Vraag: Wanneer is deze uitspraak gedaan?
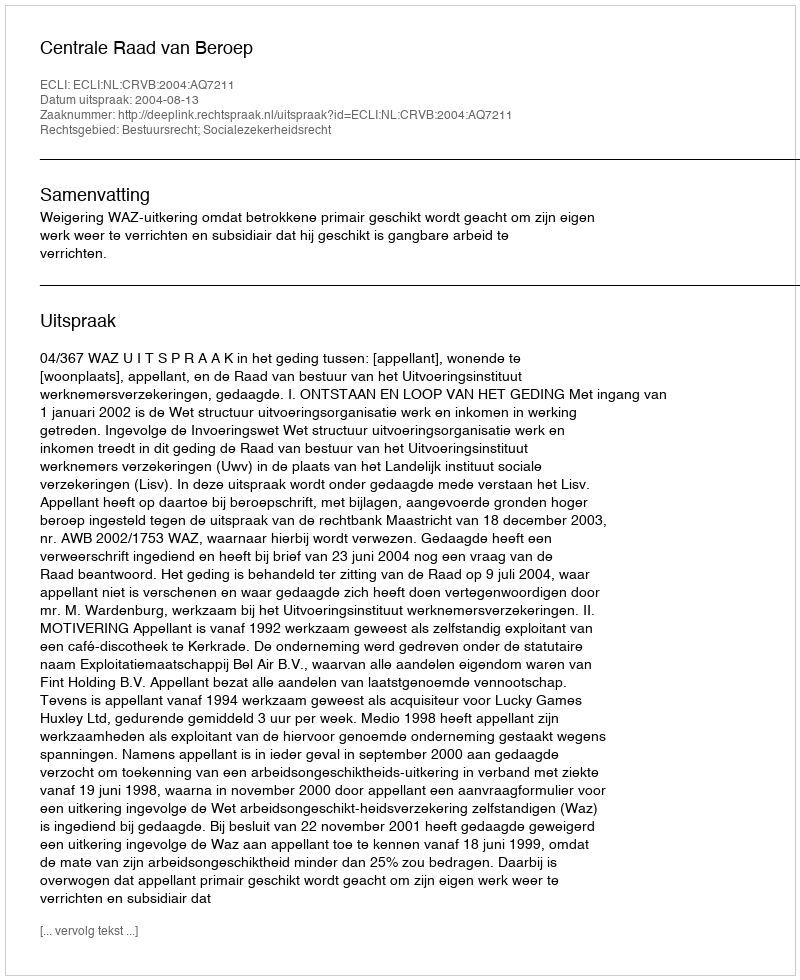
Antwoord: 2004-08-13